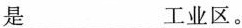
是___工业区。